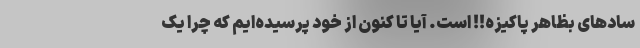
سادهای بظاهر پاکیزه!! است. آیا تا کنون از خود پرسیده‌ایم که چرا یک